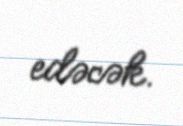
edəcək.